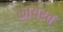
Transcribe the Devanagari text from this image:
कायरत